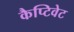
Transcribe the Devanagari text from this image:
कैप्टिवेट